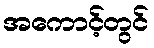
အကောင့်တွင်